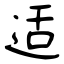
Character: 适